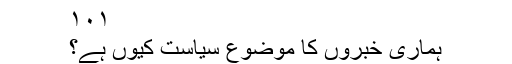
۱۰۱
ہماری خبروں کا موضوع سیاست کیوں ہے؟